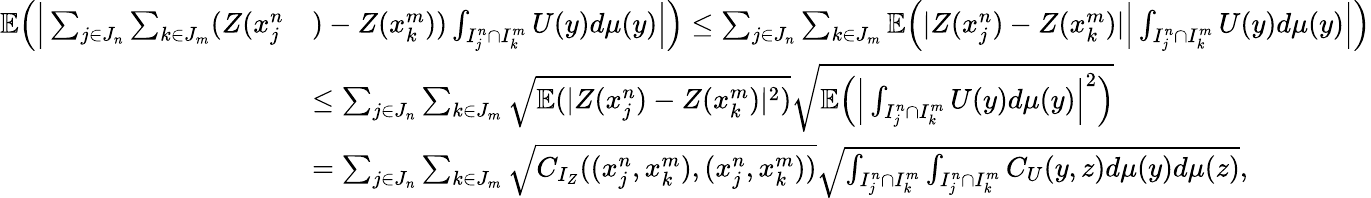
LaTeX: \begin{array}{rl}{\mathbb{E}\Big(\Big|\sum_{j\in J_{n}}\sum_{k\in J_{m}}(Z(x_{j}^{n}}&{)-Z(x_{k}^{m}))\int_{I_{j}^{n}\cap I_{k}^{m}}U(y)d\mu(y)\Big|\Big)\leq\sum_{j\in J_{n}}\sum_{k\in J_{m}}\mathbb{E}\Big(|Z(x_{j}^{n})-Z(x_{k}^{m})|\Big|\int_{I_{j}^{n}\cap I_{k}^{m}}U(y)d\mu(y)\Big|\Big)}\\ &{\leq\sum_{j\in J_{n}}\sum_{k\in J_{m}}\sqrt{\mathbb{E}(|Z(x_{j}^{n})-Z(x_{k}^{m})|^{2})}\sqrt{\mathbb{E}\Big(\Big|\int_{I_{j}^{n}\cap I_{k}^{m}}U(y)d\mu(y)\Big|^{2}\Big)}}\\ &{=\sum_{j\in J_{n}}\sum_{k\in J_{m}}\sqrt{C_{I_{Z}}((x_{j}^{n},x_{k}^{m}),(x_{j}^{n},x_{k}^{m}))}\sqrt{\int_{I_{j}^{n}\cap I_{k}^{m}}\int_{I_{j}^{n}\cap I_{k}^{m}}C_{U}(y,z)d\mu(y)d\mu(z)},}\end{array}